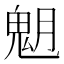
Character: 𩲞